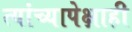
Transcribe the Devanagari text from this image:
त्यांच्यापेक्षाही